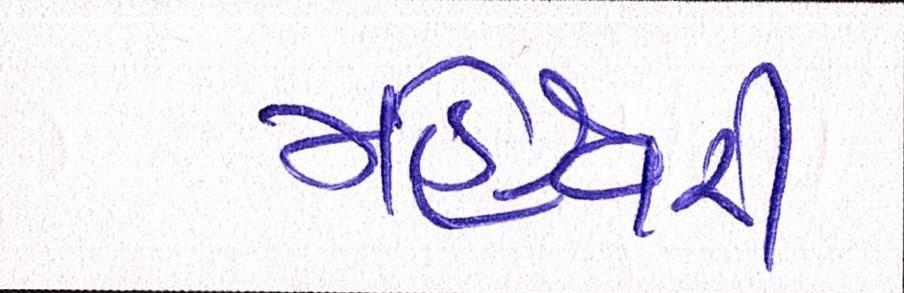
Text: મહેશ્વરી